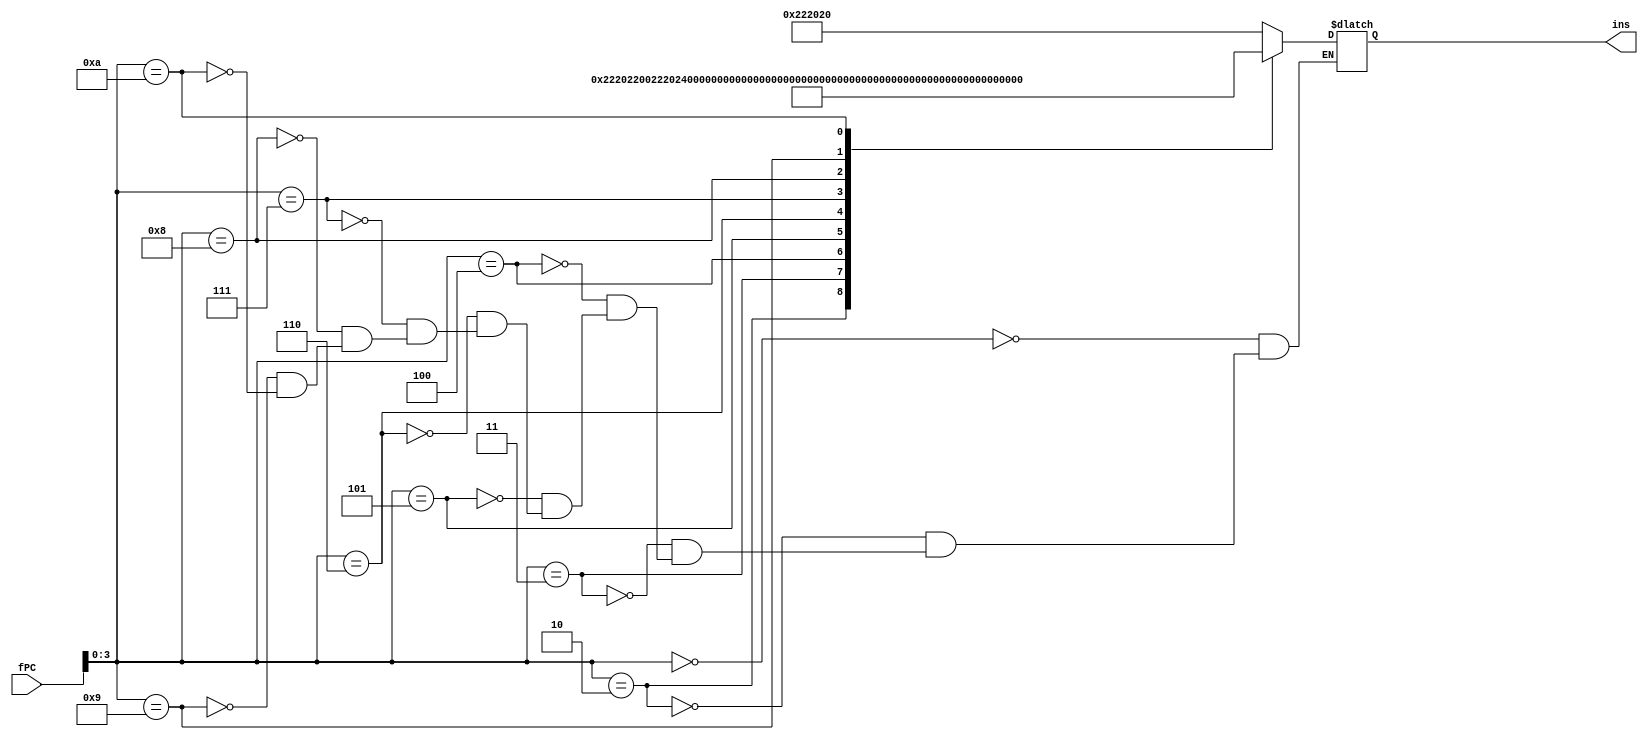
//memoria de instrucciones
module memins(
    input [31:0] fPC,
    output reg [31:0] ins
    );
    
    always @(*)
    begin
        casex(fPC)
            32'bXXXXXXXXXXXXXXXXXXXXXXXXXXXX0000: ins = 32'b000000_00001_00010_00100_00000_100000; //suma
            32'bXXXXXXXXXXXXXXXXXXXXXXXXXXXX0010: ins = 32'b000000_00001_00010_00100_00000_100010; //resta
            32'bXXXXXXXXXXXXXXXXXXXXXXXXXXXX0011: ins = 32'b000000_00001_00010_00100_00000_100100; //and &
            32'bXXXXXXXXXXXXXXXXXXXXXXXXXXXX0100: ins = 32'b000000_00001_00010_00100_00000_100101; //or
            32'bXXXXXXXXXXXXXXXXXXXXXXXXXXXX0101: ins = 32'b000000_00001_00010_00100_00000_100110; //Xor
            32'bXXXXXXXXXXXXXXXXXXXXXXXXXXXX0110: ins = 32'b000000_00001_00010_00100_00000_011000; //multiplicacin
            32'bXXXXXXXXXXXXXXXXXXXXXXXXXXXX0111: ins = 32'b000100_00001_00010_0010000000000000; //branch
            32'bXXXXXXXXXXXXXXXXXXXXXXXXXXXX1000: ins = 32'b001000_00001_00010_0010000000000000; //desplazamiento
            32'bXXXXXXXXXXXXXXXXXXXXXXXXXXXX1001: ins = 32'b100011_00001_00010_0010000000000000; //load
            32'bXXXXXXXXXXXXXXXXXXXXXXXXXXXX1010: ins = 32'b001100_00001_00010_0010000000000000;
        endcase   
   end
endmodule